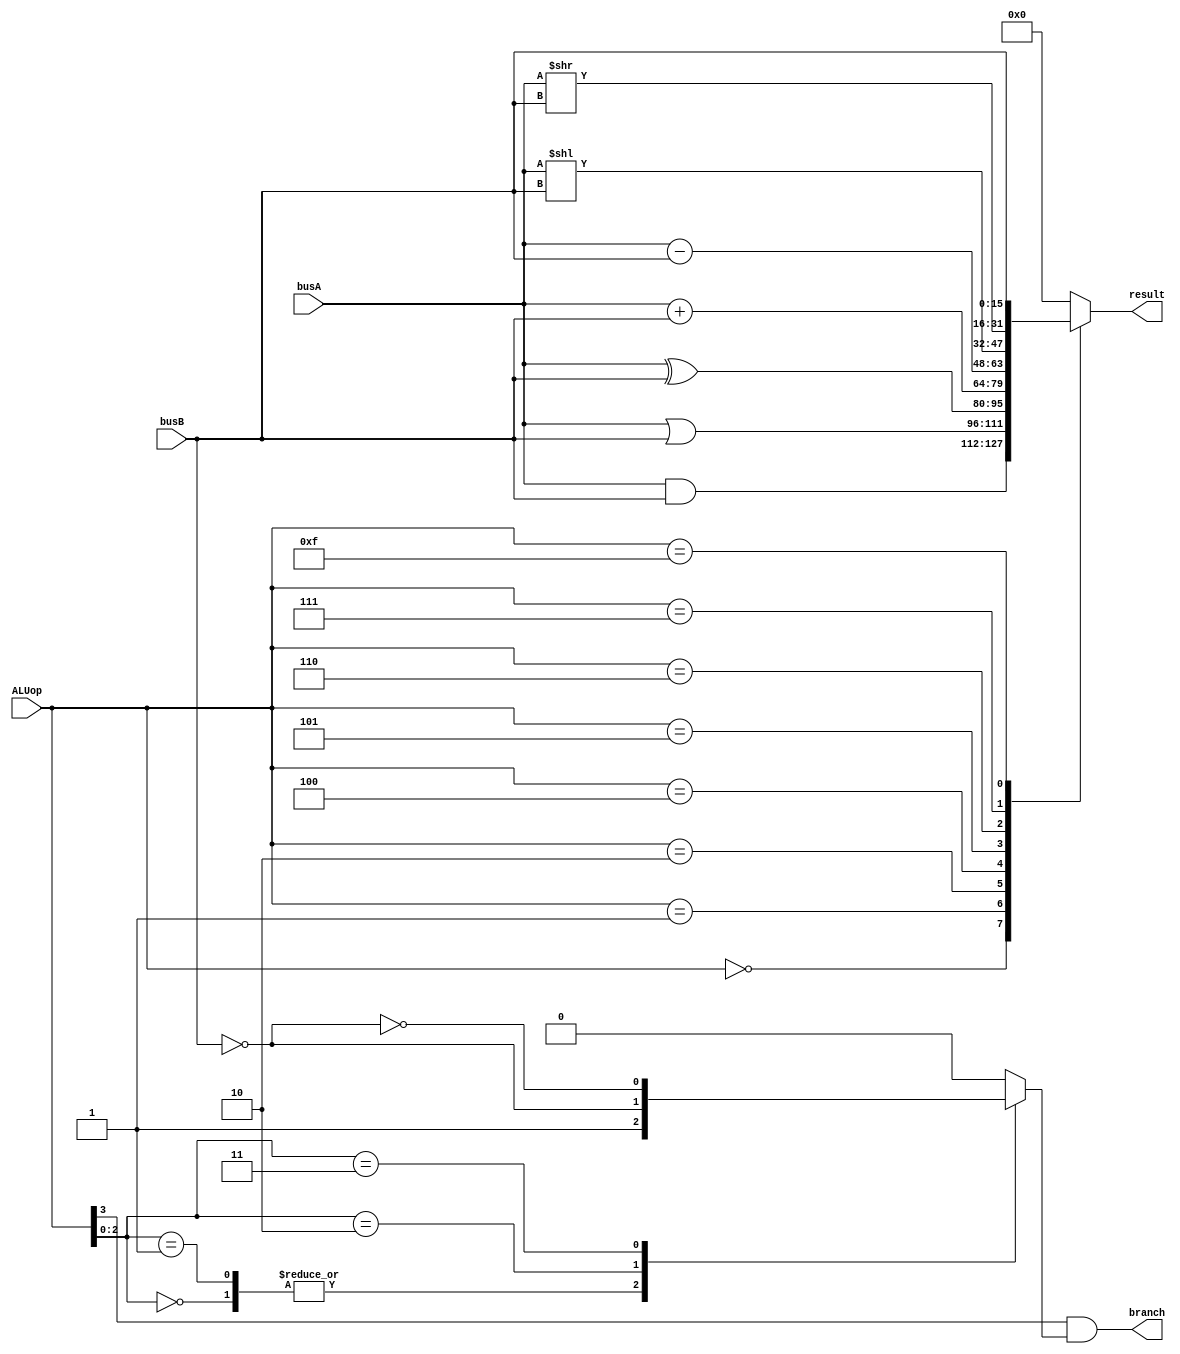
`define AND 4'b0000 //0
`define OR 4'b0001 //1
`define EOR 4'b0010 //2
`define ADD 4'b0100 //4
`define SUB 4'b0101 //5
`define LSL 4'b0110 //6
`define LSR 4'b0111 //7
`define B 3'b000 //8
`define BL 3'b001 //9
`define CBZ 3'b010 //A
`define CBNZ 3'b011 //B
`define passB 4'b1111 //F

module ALU(busA, busB, ALUop, result, branch);

	output [15:0] result;
	output branch;
	input [15:0] busA;
	input [15:0] busB;
	input [3:0] ALUop;
	reg [15:0] result;
	reg branchR;

	// result block
	always @(ALUop or busA or busB) begin
		case(ALUop)
			`AND: result <= busA & busB;
			`OR: result <= busA | busB;
			`EOR: result <= busA ^ busB;
			`ADD: result <= busA + busB;
			`SUB: result <= busA - busB;
			`LSL: result <= busA << busB;
			`LSR: result <= busA >> busB;
			`passB: result <= busB;
			default: result <= 15'b0;
		endcase
	end

	// branch determination
	always @(ALUop or busA or busB) begin
		case(ALUop[2:0])
			`B: branchR <= 1;
			`BL: branchR <= 1;
			`CBZ: branchR <= (busB == 0);
			`CBNZ: branchR <= !(busB == 0);
			default: branchR <= 0;
		endcase
	end

	assign branch = ALUop[3] & branchR;

endmodule